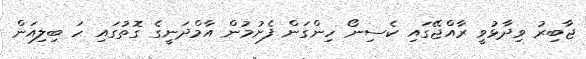
ޖާބިރު ވިދާޅުވީ ރާއްޖޭގައި ކެސިނޯ ހިންގަން ފެށުމުން އާމްދަނީގެ ގޮތުގައި ހަ ބިލިއަން